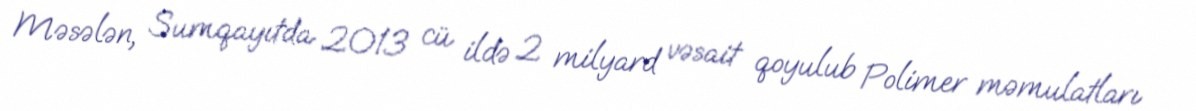
Məsələn, Sumqayıtda 2013 cü ildə 2 milyard vəsait qoyulub Polimer məmulatları